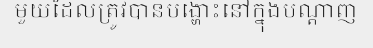
មួយដែលត្រូវបានបង្ហោះនៅក្នុងបណ្តាញ